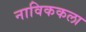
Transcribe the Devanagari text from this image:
नाविककला